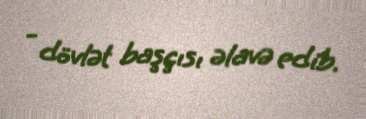
- dövlət başçısı əlavə edib.